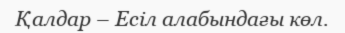
Қалдар – Есіл алабындағы көл.